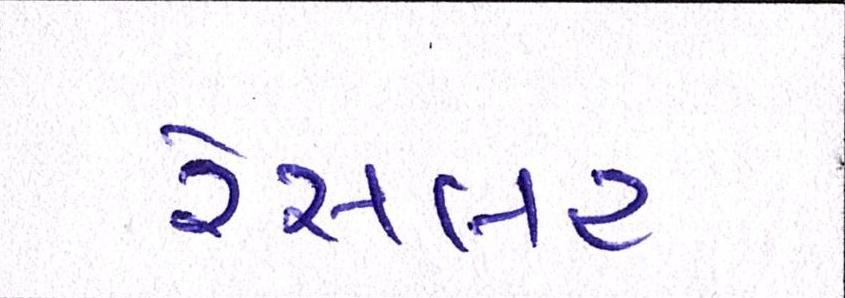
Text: રેસલર